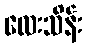
လေးသိန်း